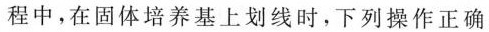
程中，在固体培养基上划线时，下列操作正确